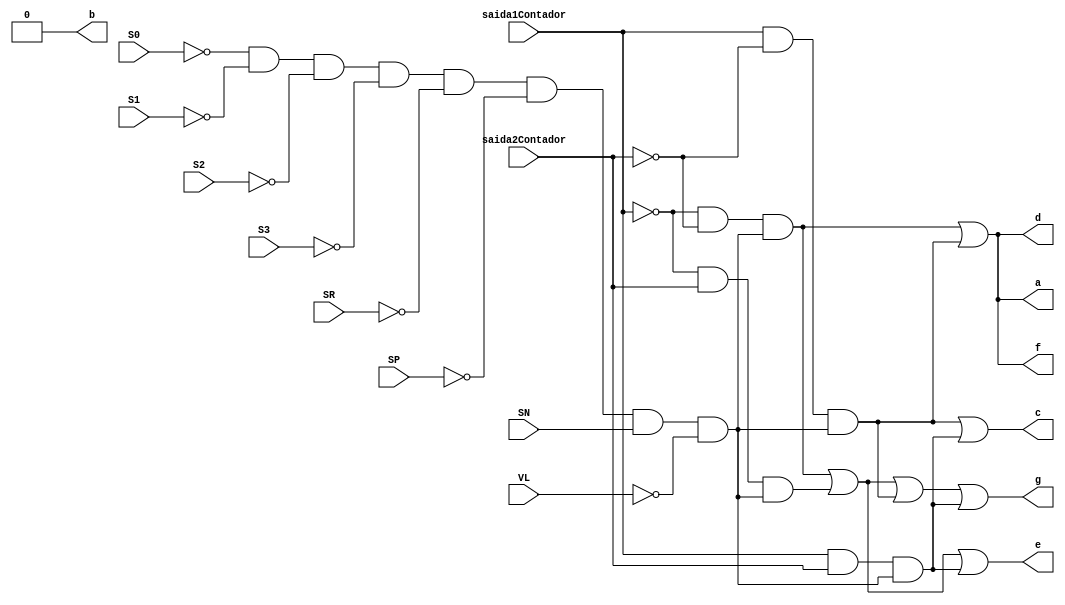
module InterfaceESN (saida1Contador, saida2Contador, a, b, c, d, e, f, g, S0, S1, S2, S3, SR, SP, SN, VL);
	//ERSN: erro do sensor SN
	input saida1Contador, saida2Contador, S0, S1, S2, S3, SR, SP, SN, VL;
	output a, b, c, d, e, f, g;


	wire saida1a, saida2a, saida3a, saida4a,
	saida1b, saida2b, saida3b, saida4b,
	saida1c, saida2c, saida3c, saida4c,
	saida1d, saida2d, saida3d, saida4d,
	saida1e, saida2e, saida3e, saida4e,
	saida1f, saida2f, saida3f, saida4f,
	saida1g, saida2g, saida3g, saida4g,
	saida1h, saida2h, saida3h, saida4h;
	
	wire enable;
	and (enable, ~S0, ~S1, ~S2, ~S3, ~SR, ~SP, SN, ~VL);
	
	//a
	//como o segmento a  ativado 3 vezes nas letras CE0, ele fica nessa configurao no multiplexador
	and(saida1a, ~saida1Contador, ~saida2Contador, 1, enable);
	and(saida2a, ~saida1Contador, saida2Contador, 0);
	and(saida3a, saida1Contador, ~saida2Contador, 1, enable);
	and(saida4a, saida1Contador, saida2Contador, 0);
	or(a, saida1a, saida2a, saida3a, saida4a);
	
	//b
	and(saida1b, ~saida1Contador, ~saida2Contador, 0);
	and(saida2b, ~saida1Contador, saida2Contador, 0);
	and(saida3b, saida1Contador, ~saida2Contador, 0);
	and(saida4b, saida1Contador, saida2Contador, 0);
	or(b, saida1b, saida2b, saida3b, saida4b);
	
	//c
	and(saida1c, ~saida1Contador, ~saida2Contador, 0);
	and(saida2c, ~saida1Contador, saida2Contador, 0);
	and(saida3c, saida1Contador, ~saida2Contador, 1, enable);
	and(saida4c, saida1Contador, saida2Contador, 1, enable);
	or(c, saida1c, saida2c, saida3c, saida4c);
	
	//d
	and(saida1d, ~saida1Contador, ~saida2Contador, 1, enable);
	and(saida2d, ~saida1Contador, saida2Contador, 0);
	and(saida3d, saida1Contador, ~saida2Contador, 1, enable);
	and(saida4d, saida1Contador, saida2Contador, 0);
	or(d, saida1d, saida2d, saida3d, saida4d);
	
	//e
	and(saida1e, ~saida1Contador, ~saida2Contador, 1, enable);
	and(saida2e, ~saida1Contador, saida2Contador, 1, enable);
	and(saida3e, saida1Contador, ~saida2Contador, 0);
	and(saida4e, saida1Contador, saida2Contador, 1, enable);
	or(e, saida1e, saida2e, saida3e, saida4e);
	
	//f
	and(saida1f, ~saida1Contador, ~saida2Contador, 1, enable);
	and(saida2f, ~saida1Contador, saida2Contador, 0);
	and(saida3f, saida1Contador, ~saida2Contador, 1, enable);
	and(saida4f, saida1Contador, saida2Contador, 0);
	or(f, saida1f, saida2f, saida3f, saida4f);
	
	//g
	and(saida1g, ~saida1Contador, ~saida2Contador, 1, enable);
	and(saida2g, ~saida1Contador, saida2Contador, 1, enable);
	and(saida3g, saida1Contador, ~saida2Contador, 1, enable);
	and(saida4g, saida1Contador, saida2Contador, 1, enable);
	or(g, saida1g, saida2g, saida3g, saida4g);


endmodule